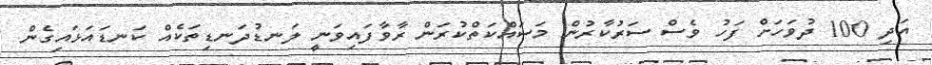
އަދި 100 ދުވަހަށް ފަހު ވެސް ސަރުކާރުން މަސައްކަތްކުރަން ރާވާފައިވަނީ ލަނޑުދަނޑިތަކެއް ކަނޑައަޅައިގެން